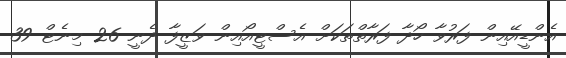
އެންޑީއޭއިން ފަރުވާ ހޯދާ ފަރާތްތަކަށް އެސްޓީއޯއިން ވަޒީފާ ދެނީ 26 މިނެޓް 39